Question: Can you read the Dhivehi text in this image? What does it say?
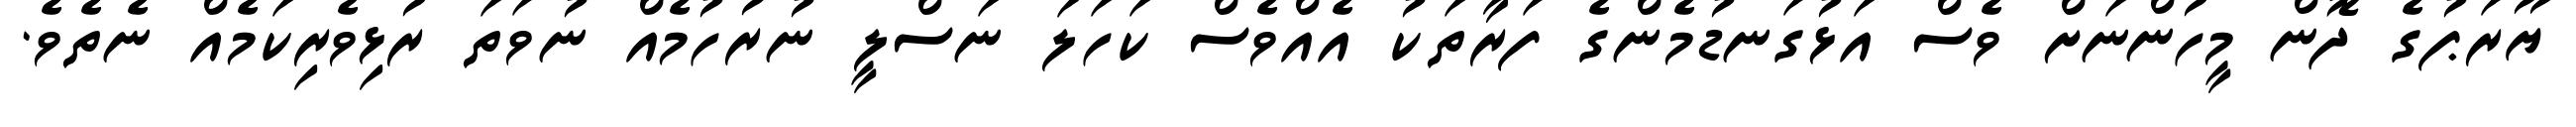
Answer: ޔޫރަޕުގެ ދޮން މީހުންނަށް ވެސް އަޅުގަނޑުމެންގެ ފަރާތަކު އެއްވެސް ކަހަލަ ނަސްލީ ނުރުހުމެއް ނުވަތަ ރުޅިވެރިކަމެއް ނެތެވެ.